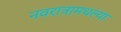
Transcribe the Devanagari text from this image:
नवरात्रामधल्या